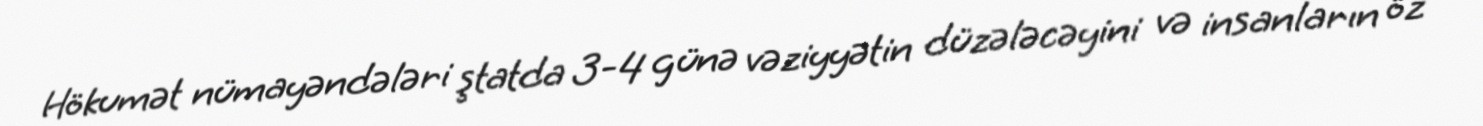
Hökumət nümayəndələri ştatda 3-4 günə vəziyyətin düzələcəyini və insanların öz